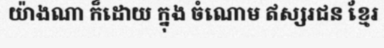
យ៉ាងណា ក៏ដោយ ក្នុង ចំណោម ឥស្សរជន ខ្មែរ